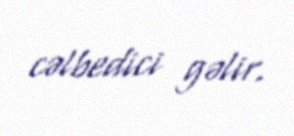
cəlbedici gəlir.